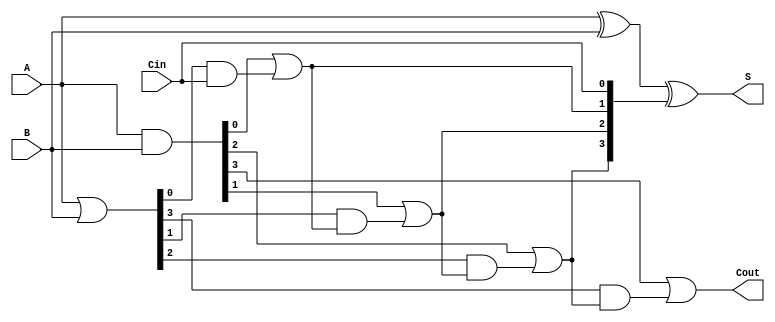
module CarryLookaheadAdder #(
    parameter N = 4 // Parameter for the bit-width of the adder (e.g., 4 for 4-bit CLA)
)(
    input  [N-1:0] A,   // First n-bit input
    input  [N-1:0] B,   // Second n-bit input
    input          Cin,  // Carry-in
    output [N-1:0] S,    // Sum output
    output         Cout   // Carry-out
);
    // Generate and Propagate signals
    wire [N-1:0] G; // Generate signals
    wire [N-1:0] P; // Propagate signals
    wire [N:0] C;   // Carry signals (C[0] is Cin)

    // Generate and Propagate assignments
    assign G = A & B;               // G[i] = A[i] AND B[i]
    assign P = A | B;               // P[i] = A[i] OR B[i]

    // Carry assignments
    assign C[0] = Cin;              // C[0] = Cin

    genvar i;
    generate
        for (i = 0; i < N; i = i + 1) begin : carry_generation
            if (i == 0) begin
                assign C[i + 1] = G[i] | (P[i] & C[i]);
            end else begin
                assign C[i + 1] = G[i] | (P[i] & C[i]);
            end
        end
    endgenerate

    // Sum calculation
    assign S = A ^ B ^ C[N-1:0];     // S[i] = A[i] XOR B[i] XOR C[i]

    // Carry-out assignment
    assign Cout = C[N];              // Cout = C[n]

endmodule